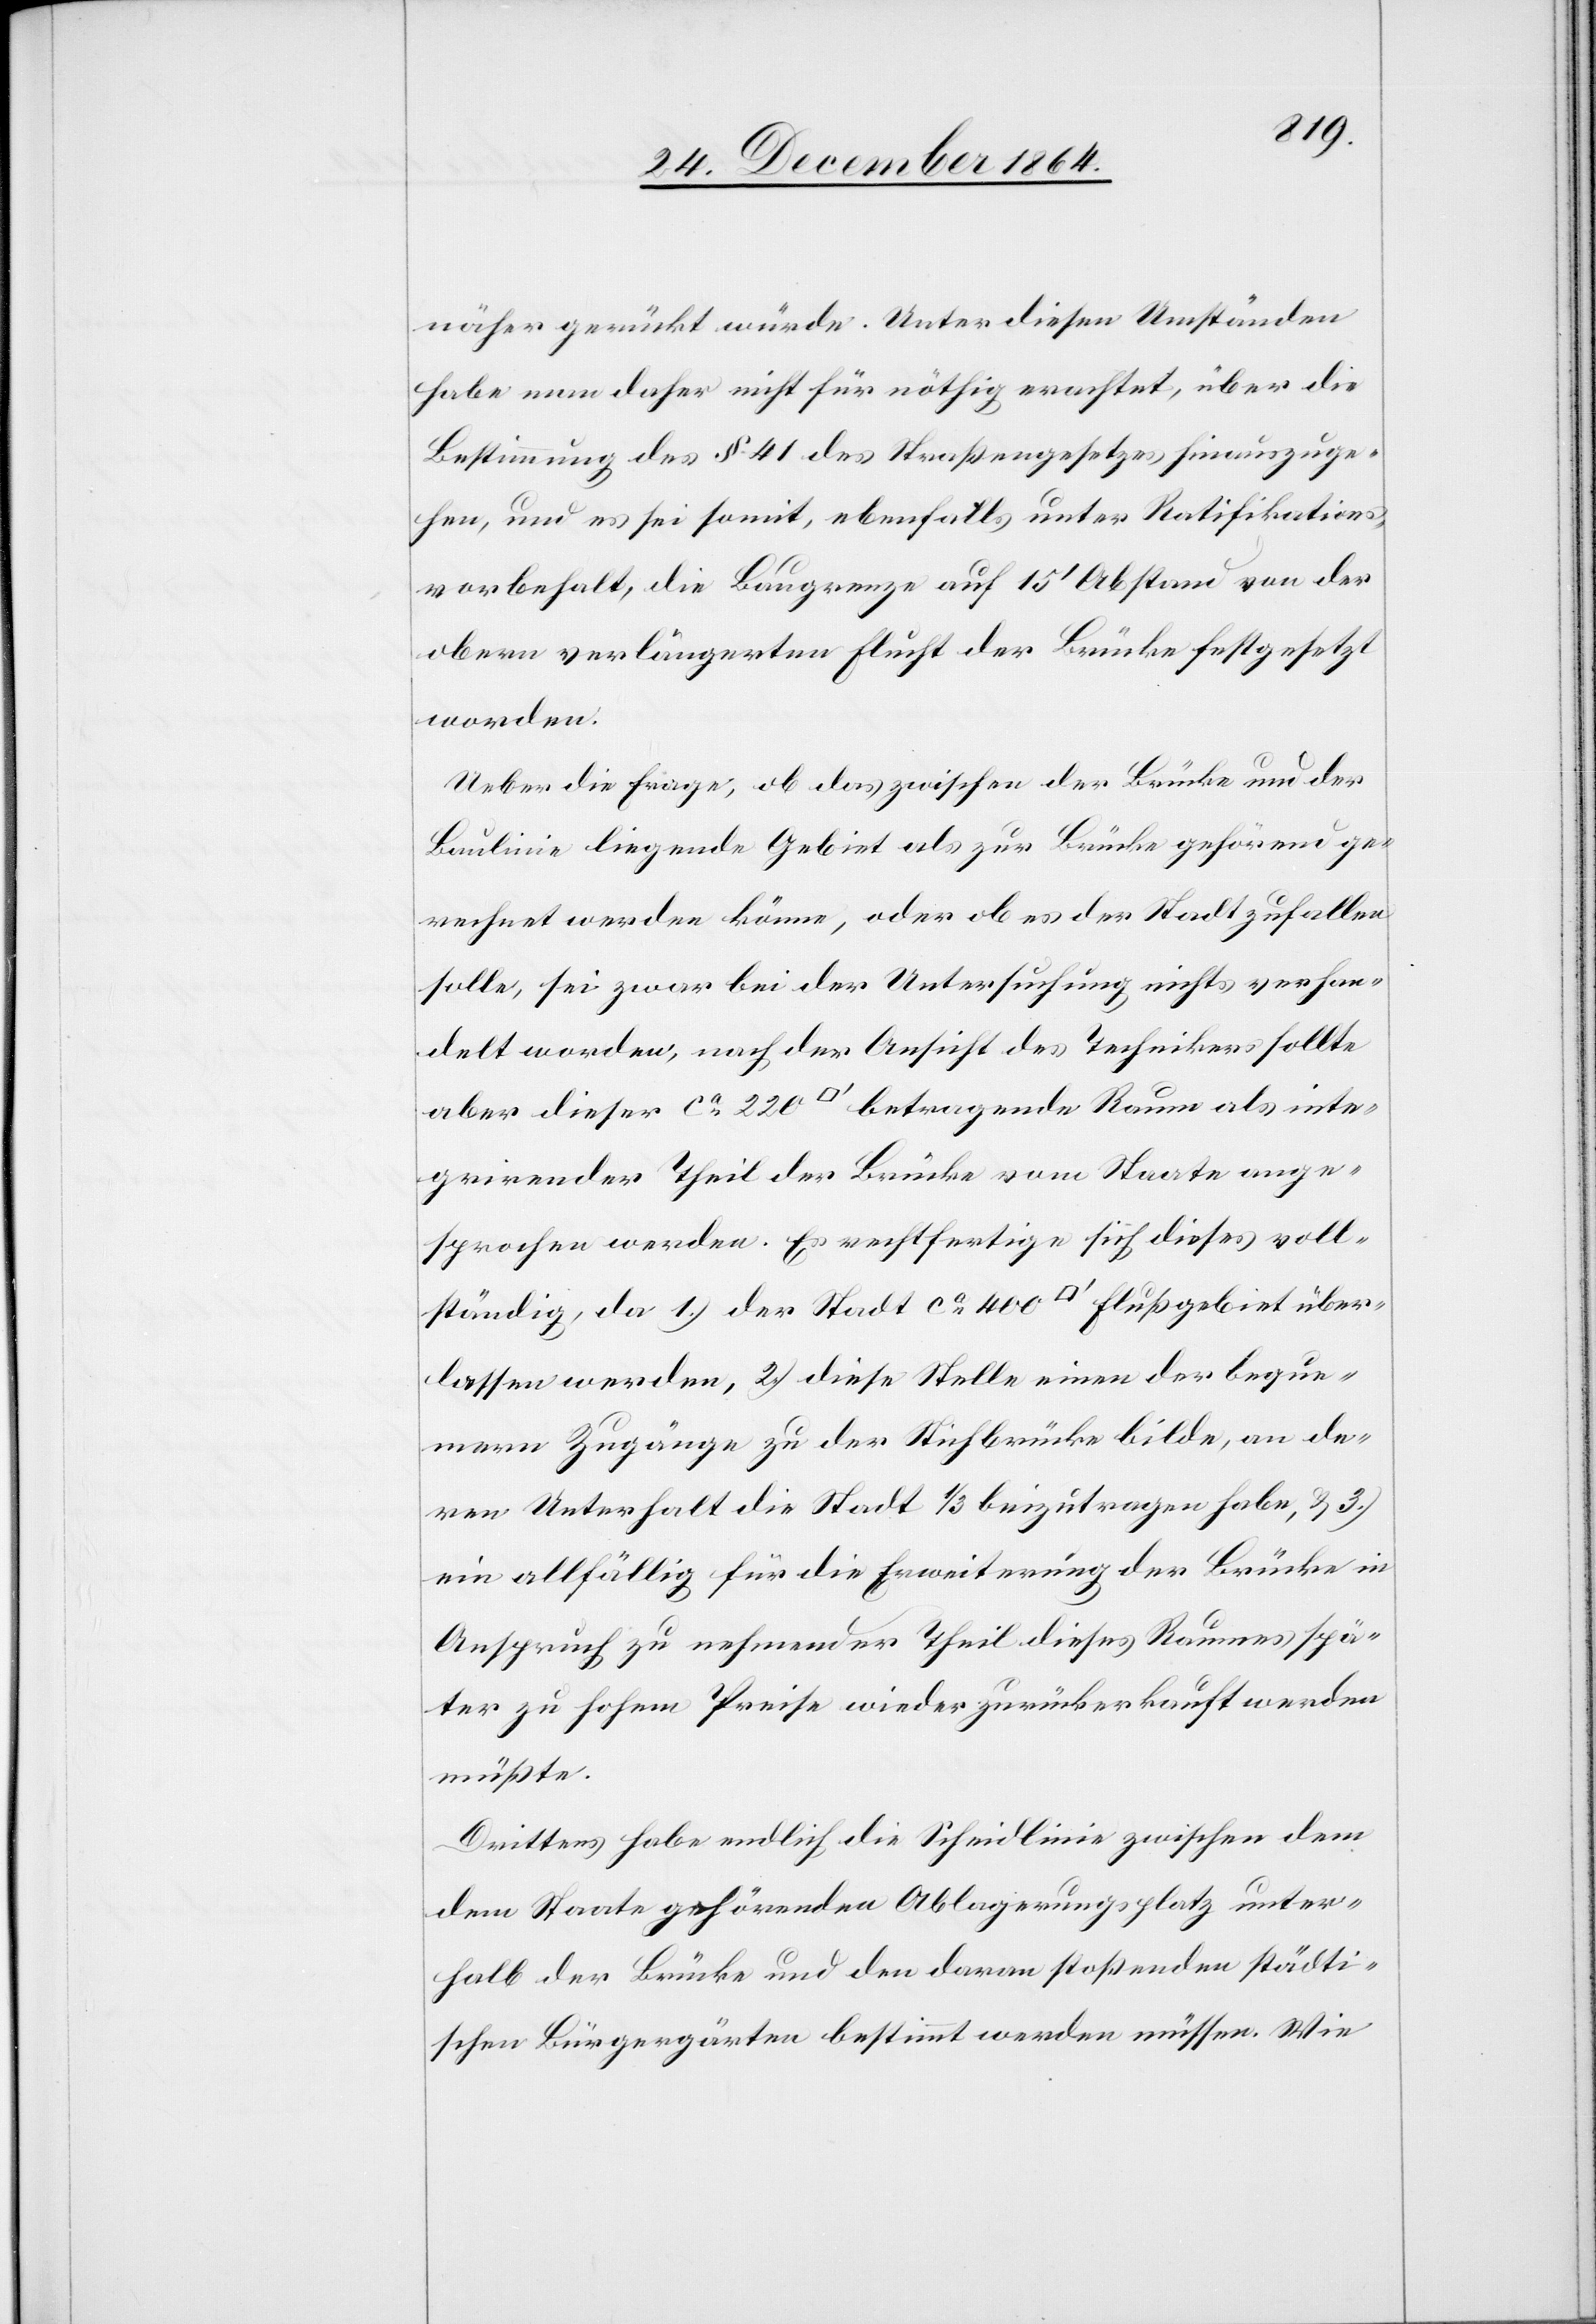
näher gerückt würde. Unter diesen Umständen
habe man daher nicht für nöthig erachtet, über die
Bestimmung des § 41 des Straßengesetzes hinauszuge¬
hen, und es sei somit, ebenfalls unter Ratifikations¬
vorbehalt, die Baugrenze auf 15’ Abstand von der
obern verlängerten Flucht der Brücke festgesetzt
worden.
Ueber die Frage, ob das zwischen der Brücke und der
Baulinie liegende Gebiet als zur Brücke gehörend ge¬
rechnet werden könne, oder ob es der Stadt zufallen
solle, sei zwar bei der Untersuchung nichts verhan¬
delt worden, nach der Ansicht des Technikers sollte
aber dieser ca 220 [Quadratfuss] betragende Raum als inte¬
grirender Theil der Brücke vom Staate ange¬
sprochen werden. Es rechtfertige sich dieses voll¬
ständig, da 1.) der Stadt ca 400 [Quadratfuss] Flußgebiet über¬
lassen werden, 2.) diese Stelle einen der beque¬
mern Zugänge zu der Sihlbrücke bilde, an de¬
ren Unterhalt die Stadt 1/3 beizutragen habe, & 3.)
ein allfällig für die Erweiterung der Brücke in
Anspruch zu nehmender Theil dieses Raumes spä¬
ter zu hohem Preise wieder zurückerkauft werden
müßte.
Drittens habe endlich die Scheidelinie zwischen dem
dem Staate gehörenden Ablagerungsplatz unter¬
halb der Brücke und den daran stoßenden städti¬
schen Bürgergärten bestimmt werden müssen. Wie